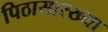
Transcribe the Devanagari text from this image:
पिठासारख्या